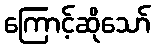
ကြောင့်ဆိုသော်